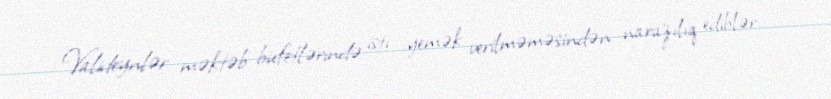
Valideynlər məktəb bufetlərində isti yemək verilməməsindən narazılıq ediblər.